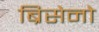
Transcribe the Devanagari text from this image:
ब्रिसेनो